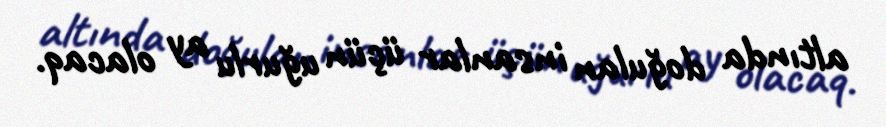
altında doğulan insanlar üçün uğurlu ay olacaq.